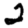
Digit: 2